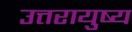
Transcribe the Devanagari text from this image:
उत्तरायुष्य